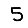
Digit: 5